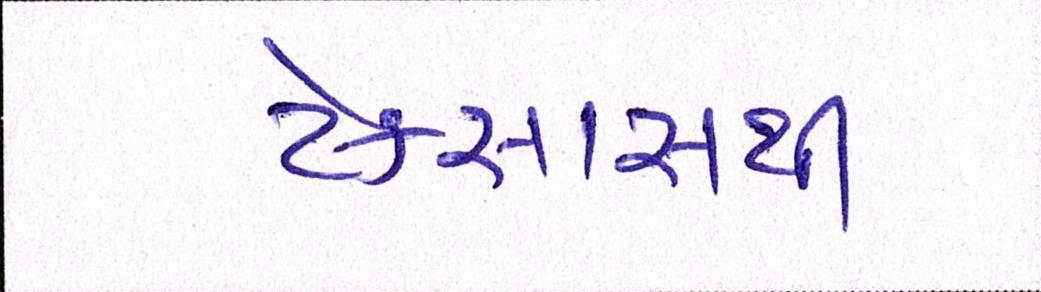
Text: ટેક્સાસથી